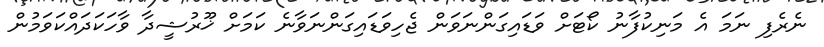
ނެރެފި ނަމަ އެ މަނިކުފާނު ކޯޓަށް ވަޑައިގަންނަވަން ޖެހިވަޑައިގަންނަވާނެ ކަމަށް ޚޫރުޝީދާ ވާހަކަދައްކަވަމުން